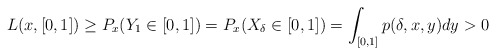
\begin{align*}L(x,[0,1]) \ge P_x(Y_1\in [0,1])= P_x(X_{\delta} \in [0,1])=\int_{[0,1]}p(\delta,x,y)dy>0\end{align*}